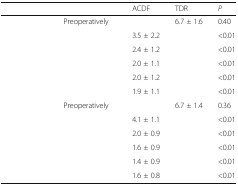
<table><thead><tr><td colspan="2">[EMPTY_CELL]</td><td><b>ACDF</b></td><td><b>TDR</b></td><td><b><i>P</i></b></td></tr></thead><tbody><tr><td rowspan="6">[EMPTY_CELL]</td><td>Preoperatively</td><td>[EMPTY_CELL]</td><td>6.7 ± 1.6</td><td>0.40</td></tr><tr><td>[EMPTY_CELL]</td><td>3.5 ± 2.2</td><td>[EMPTY_CELL]</td><td>&lt;0.01</td></tr><tr><td>[EMPTY_CELL]</td><td>2.4 ± 1.2</td><td>[EMPTY_CELL]</td><td>&lt;0.01</td></tr><tr><td>[EMPTY_CELL]</td><td>2.0 ± 1.1</td><td>[EMPTY_CELL]</td><td>&lt;0.01</td></tr><tr><td>[EMPTY_CELL]</td><td>2.0 ± 1.2</td><td>[EMPTY_CELL]</td><td>&lt;0.01</td></tr><tr><td>[EMPTY_CELL]</td><td>1.9 ± 1.1</td><td>[EMPTY_CELL]</td><td>&lt;0.01</td></tr><tr><td rowspan="6">[EMPTY_CELL]</td><td>Preoperatively</td><td>[EMPTY_CELL]</td><td>6.7 ± 1.4</td><td>0.36</td></tr><tr><td>[EMPTY_CELL]</td><td>4.1 ± 1.1</td><td>[EMPTY_CELL]</td><td>&lt;0.01</td></tr><tr><td>[EMPTY_CELL]</td><td>2.0 ± 0.9</td><td>[EMPTY_CELL]</td><td>&lt;0.01</td></tr><tr><td>[EMPTY_CELL]</td><td>1.6 ± 0.9</td><td>[EMPTY_CELL]</td><td>&lt;0.01</td></tr><tr><td>[EMPTY_CELL]</td><td>1.4 ± 0.9</td><td>[EMPTY_CELL]</td><td>&lt;0.01</td></tr><tr><td>[EMPTY_CELL]</td><td>1.6 ± 0.8</td><td>[EMPTY_CELL]</td><td>&lt;0.01</td></tr></tbody></table>